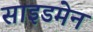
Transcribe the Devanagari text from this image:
साइडमेन